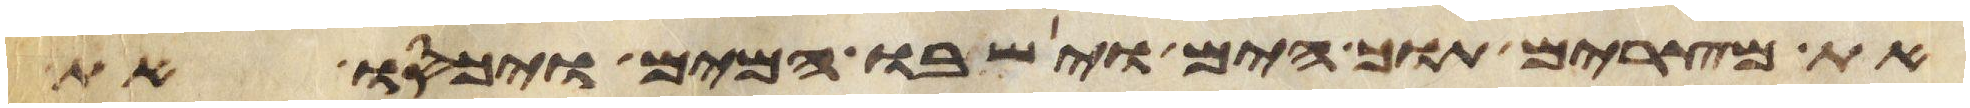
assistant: את מצרים תוך הים וישובו המים ויכסו את